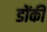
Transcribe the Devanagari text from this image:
डोंकी